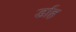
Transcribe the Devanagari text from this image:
र्डाह